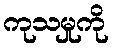
ကုသမှုကို